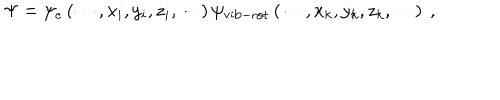
\Psi = \psi _ { e } \left( \cdots , x _ { i } , y _ { i } , z _ { i } , \cdots \right) \psi _ { \mathrm { v i b - r o t } } \left( \cdots , x _ { k } , y _ { k } , z _ { k } , \cdots \right) ~ ,